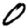
Digit: 0